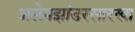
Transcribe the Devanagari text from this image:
अलेक्झांडरसारखा